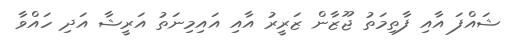
ޝައްފަ އާއި ފާތިމަތު ޖޫޒާން ޒަރީރު އާއި އައިމިނަތު އަރީޝާ އަދި ހައްވާ